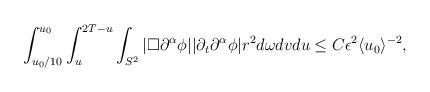
LaTeX: \begin{align*} \begin{aligned} \int_{u_0 / 10}^{u_0} \int_u^{2 T - u} \int_{S^2} |\Box \partial^\alpha \phi| |\partial_t \partial^\alpha \phi| r^2 d \omega d v d u \le C \epsilon^2 \langle u_0 \rangle^{-2}, \end{aligned}\end{align*}